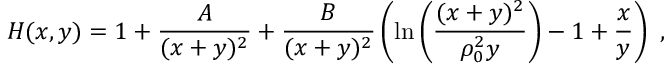
H ( x , y ) = 1 + { \frac { A } { ( x + y ) ^ { 2 } } } + { \frac { B } { ( x + y ) ^ { 2 } } } \left( \mathrm { l n } \left( { \frac { ( x + y ) ^ { 2 } } { \rho _ { 0 } ^ { 2 } y } } \right) - 1 + { \frac { x } { y } } \right) ~ ,